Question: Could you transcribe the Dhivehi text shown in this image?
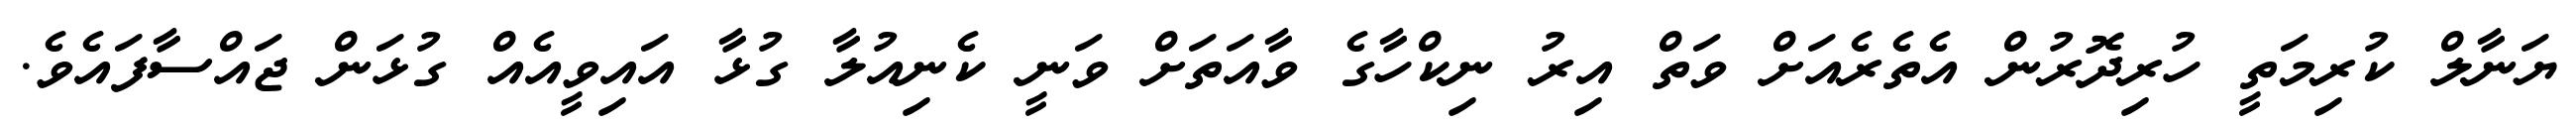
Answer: ޔަނާލް ކުރިމަތީ ހުރިދޮރުން އެތެރެއަށް ވަތް އިރު ނިކްހާގެ ވާއަތަށް ވަނީ ކެނިއުލާ ގުޅާ އައިވީއެއް ގުޅަން ޖައްސާފައެވެ.